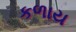
કળાય